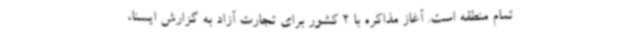
تمام منطقه است. آغاز مذاکره با 2 کشور برای تجارت آزاد به گزارش ایسنا،